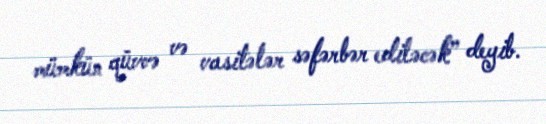
mümkün qüvvə və vasitələr səfərbər ediləcək” deyib.